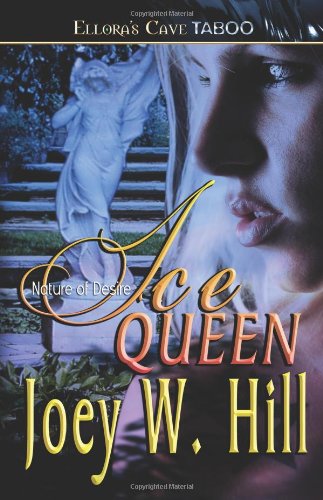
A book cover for Ice Queen; Joey W Hill; Romance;